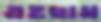
এহছাম